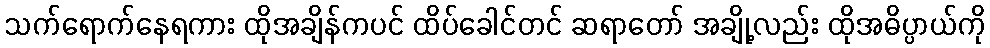
သက်ရောက်နေရကား ထိုအချိန်ကပင် ထိပ်ခေါင်တင် ဆရာတော် အချို့လည်း ထိုအဓိပ္ပာယ်ကို